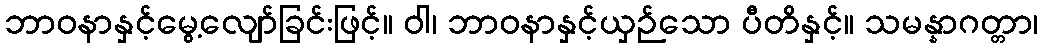
ဘာဝနာနှင့်မွေ့လျော်ခြင်းဖြင့်။ ဝါ၊ ဘာဝနာနှင့်ယှဉ်သော ပီတိနှင့်။ သမန္နာဂတ္တာ၊